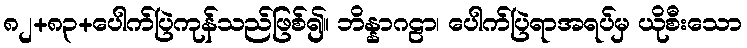
၈၂+၈၃+ပေါက်ပြဲကုန်သည်ဖြစ်၍။ ဘိန္နာဂဠာ၊ ပေါက်ပြဲရာအရပ်မှ ယိုစီးသော